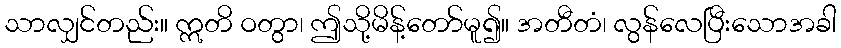
သာလျှင်တည်း။ ဣတိ ဝတွာ၊ ဤသို့မိန့်တော်မူ၍။ အတီတံ၊ လွန်လေပြီးသောအခါ